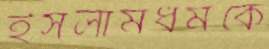
ইসলামধর্মকে